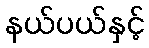
နယ်ပယ်နှင့်